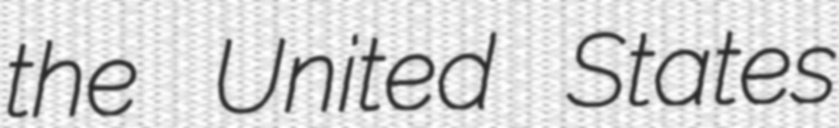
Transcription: the United States